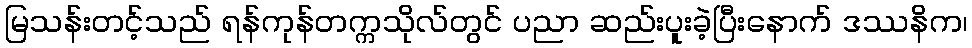
မြသန်းတင့်သည် ရန်ကုန်တက္ကသိုလ်တွင် ပညာ ဆည်းပူးခဲ့ပြီးနောက် ဒဿနိက၊